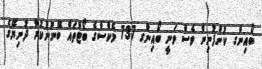
ބޯއިންގ ކުންފުނިން ވެސް ވަނީ ބޯއިންގ 737 މެކްސްގެ ބޯޓްތައް ބޭނުންކުރާ ދުނިޔޭގެ